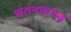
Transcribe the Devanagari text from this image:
सतनामगढ़